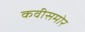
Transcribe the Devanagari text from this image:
कवीसमोर